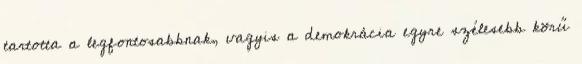
tartotta a legfontosabbnak, vagyis a demokrácia egyre szélesebb körű